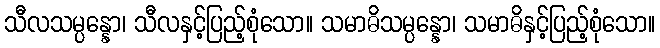
သီလသမ္ပန္နော၊ သီလနှင့်ပြည့်စုံသော။ သမာဓိသမ္ပန္နော၊ သမာဓိနှင့်ပြည့်စုံသော။